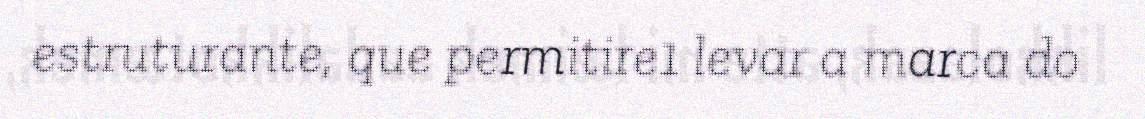
estruturante, que permitire1 levar a marca do